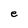
Character: e